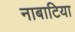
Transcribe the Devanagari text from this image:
नाबाटिया